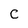
Character: C